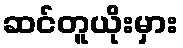
ဆင်တူယိုးမှား